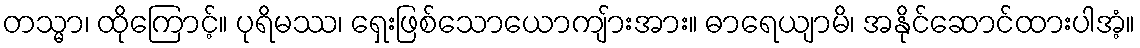
တသ္မာ၊ ထိုကြောင့်။ ပုရိမဿ၊ ရှေးဖြစ်သောယောကျ်ားအား။ ဓာရေယျာမိ၊ အနိုင်ဆောင်ထားပါအံ့။